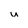
Character: u